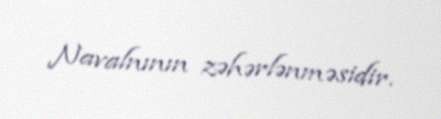
Navalnının zəhərlənməsidir.